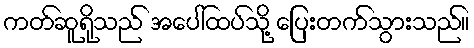
ကတ်ဆူရိုသည် အပေါ်ထပ်သို့ ပြေးတက်သွားသည်။